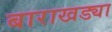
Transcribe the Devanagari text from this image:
बाराखड्या